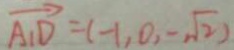
\overrightarrow { A _ { 1 } D } = ( - 1 , 0 , - \sqrt { 2 } )